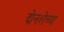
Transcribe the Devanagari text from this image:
दोनशेच्या